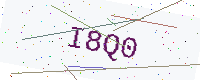
Text: I8Q0